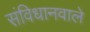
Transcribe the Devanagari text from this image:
संविधानवाले